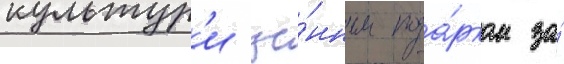
культур'и це́нным пода́рком за́